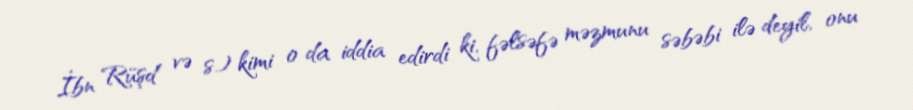
İbn Rüşd və s.) kimi o da iddia edirdi ki, fəlsəfə məzmunu səbəbi ilə deyil, onu